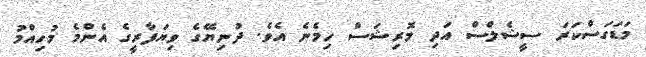
މަޑަގަސްކަރަ ސީޝެލްސް އަދި މޮރިޝަސް ހިމެނެ އެވެ. ދުނިޔޭގެ ވިޔަފާރީގެ އެންމެ މުހިއްމު